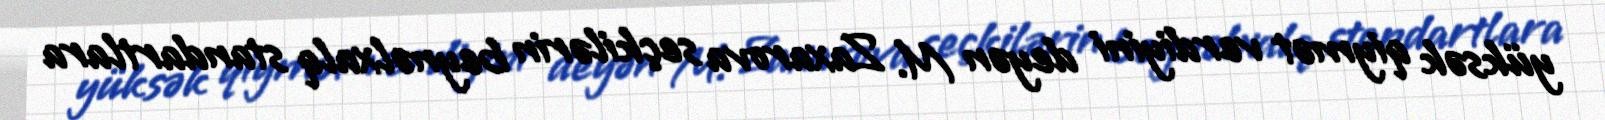
yüksək qiymət verdiyini deyən M. Zaxarova seçkilərin beynəlxalq standartlara